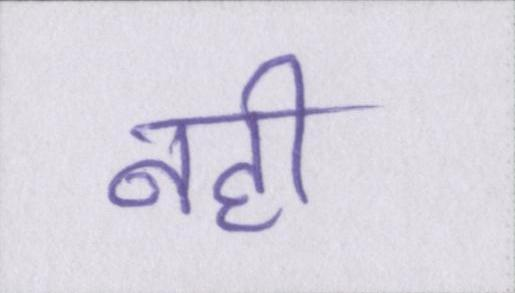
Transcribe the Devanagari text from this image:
नही